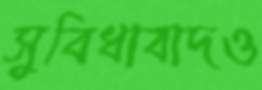
সুবিধাবাদও